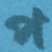
প